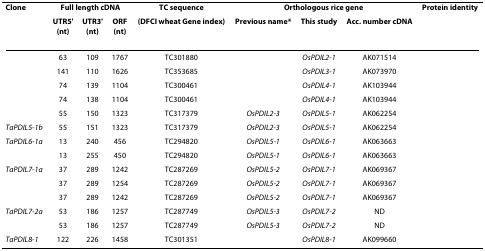
<table><thead><tr><td><b>Clone</b></td><td colspan="3"><b>Full length cDNA</b></td><td><b>TC sequence</b></td><td colspan="3"><b>Orthologous rice gene</b></td><td><b>Protein identity</b></td></tr><tr><td>[EMPTY_CELL]</td><td><b>UTR5'(nt)</b></td><td><b>UTR3'(nt)</b></td><td><b>ORF(nt)</b></td><td><b>(DFCI wheat Gene index)</b></td><td><b>Previous name*</b></td><td><b>This study</b></td><td><b>Acc. number cDNA</b></td><td>[EMPTY_CELL]</td></tr></thead><tbody><tr><td>[EMPTY_CELL]</td><td>63</td><td>109</td><td>1767</td><td>TC301880</td><td>[EMPTY_CELL]</td><td><i>OsPDIL2-1</i></td><td>AK071514</td><td>[EMPTY_CELL]</td></tr><tr><td>[EMPTY_CELL]</td><td>141</td><td>110</td><td>1626</td><td>TC353685</td><td>[EMPTY_CELL]</td><td><i>OsPDIL3-1</i></td><td>AK073970</td><td>[EMPTY_CELL]</td></tr><tr><td>[EMPTY_CELL]</td><td>74</td><td>139</td><td>1104</td><td>TC300461</td><td>[EMPTY_CELL]</td><td><i>OsPDIL4-1</i></td><td>AK103944</td><td>[EMPTY_CELL]</td></tr><tr><td>[EMPTY_CELL]</td><td>74</td><td>138</td><td>1104</td><td>TC300461</td><td>[EMPTY_CELL]</td><td><i>OsPDIL4-1</i></td><td>AK103944</td><td>[EMPTY_CELL]</td></tr><tr><td>[EMPTY_CELL]</td><td>55</td><td>150</td><td>1323</td><td>TC317379</td><td><i>OsPDIL2-3</i></td><td><i>OsPDIL5-1</i></td><td>AK062254</td><td>[EMPTY_CELL]</td></tr><tr><td><i>TaPDIL5-1b</i></td><td>55</td><td>151</td><td>1323</td><td>TC317379</td><td><i>OsPDIL2-3</i></td><td><i>OsPDIL5-1</i></td><td>AK062254</td><td>[EMPTY_CELL]</td></tr><tr><td><i>TaPDIL6-1a</i></td><td>13</td><td>240</td><td>456</td><td>TC294820</td><td><i>OsPDIL5-1</i></td><td><i>OsPDIL6-1</i></td><td>AK063663</td><td>[EMPTY_CELL]</td></tr><tr><td>[EMPTY_CELL]</td><td>13</td><td>255</td><td>450</td><td>TC294820</td><td><i>OsPDIL5-1</i></td><td><i>OsPDIL6-1</i></td><td>AK063663</td><td>[EMPTY_CELL]</td></tr><tr><td><i>TaPDIL7-1a</i></td><td>37</td><td>289</td><td>1242</td><td>TC287269</td><td><i>OsPDIL5-2</i></td><td><i>OsPDIL7-1</i></td><td>AK069367</td><td>[EMPTY_CELL]</td></tr><tr><td>[EMPTY_CELL]</td><td>37</td><td>289</td><td>1254</td><td>TC287269</td><td><i>OsPDIL5-2</i></td><td><i>OsPDIL7-1</i></td><td>AK069367</td><td>[EMPTY_CELL]</td></tr><tr><td>[EMPTY_CELL]</td><td>37</td><td>289</td><td>1242</td><td>TC287269</td><td><i>OsPDIL5-2</i></td><td><i>OsPDIL7-1</i></td><td>AK069367</td><td>[EMPTY_CELL]</td></tr><tr><td><i>TaPDIL7-2a</i></td><td>53</td><td>186</td><td>1257</td><td>TC287749</td><td><i>OsPDIL5-3</i></td><td><i>OsPDIL7-2</i></td><td>ND</td><td>[EMPTY_CELL]</td></tr><tr><td>[EMPTY_CELL]</td><td>53</td><td>186</td><td>1257</td><td>TC287749</td><td><i>OsPDIL5-3</i></td><td><i>OsPDIL7-2</i></td><td>ND</td><td>[EMPTY_CELL]</td></tr><tr><td><i>TaPDIL8-1</i></td><td>122</td><td>226</td><td>1458</td><td>TC301351</td><td>[EMPTY_CELL]</td><td><i>OsPDIL8-1</i></td><td>AK099660</td><td>[EMPTY_CELL]</td></tr></tbody></table>